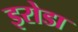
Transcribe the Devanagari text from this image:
इरोडा